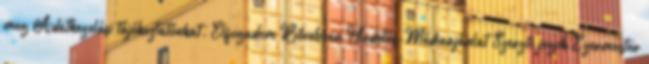
meg Adatkezelési tájékoztatónkat. Elfogadom Bővebben Hirdetés-Médiaajánlat Szerzői jogok Ezermester